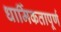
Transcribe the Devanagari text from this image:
धार्मिकतापूर्ण